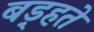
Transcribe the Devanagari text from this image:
बड़्हते